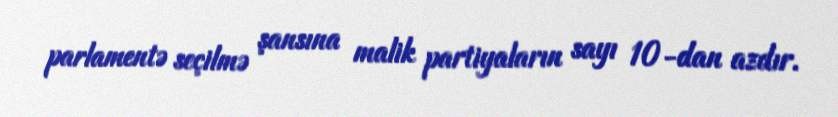
parlamentə seçilmə şansına malik partiyaların sayı 10-dan azdır.